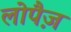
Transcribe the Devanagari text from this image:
लोपैज़